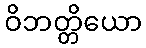
ဝိဘတ္တိယော